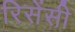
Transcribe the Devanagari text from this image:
रिसेंसी